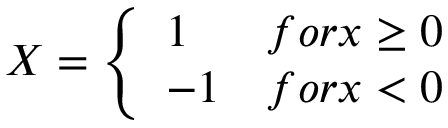
X = \left\{ \begin{array} { l l } { 1 } & { f o r x \ge 0 } \\ { - 1 } & { f o r x < 0 } \end{array} \right.